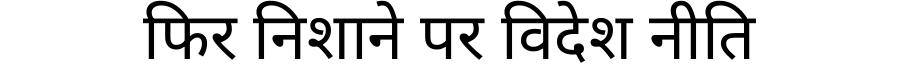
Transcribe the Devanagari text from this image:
फिर निशाने पर विदेश नीति